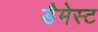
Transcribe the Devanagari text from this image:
डैमेस्ट